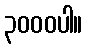
၃၀၀၀ပါ။